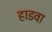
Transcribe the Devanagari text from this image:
हाडवा